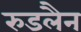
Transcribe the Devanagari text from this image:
रुडलैन